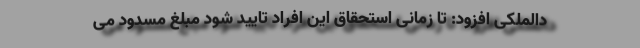
دالملکی افزود: تا زمانی استحقاق این افراد تایید شود مبلغ مسدود می